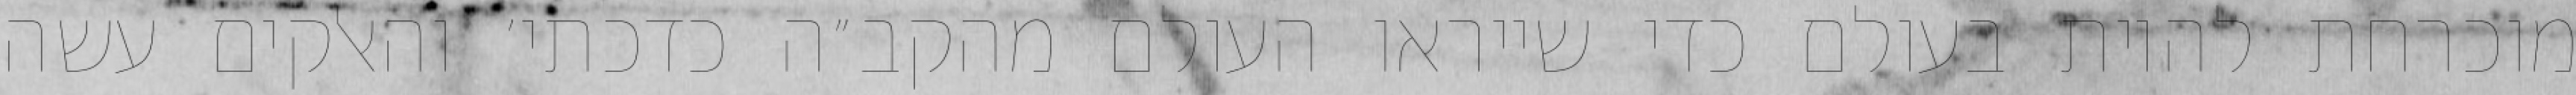
מוכרחת להיות בעולם כדי שייראו העולם מהקב״ה כדכתי׳ והאלקים עשה